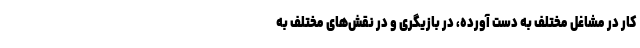
کار در مشاغل مختلف به دست آورده، در بازیگری و در نقش‌های مختلف به